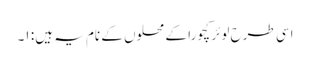
اسی طرح لوئر کچورا کے محلوں کے نام یہ ہیں: ۱۔